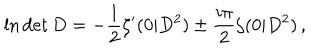
\ln \det D = - \frac { 1 } { 2 } \zeta ^ { \prime } ( 0 | D ^ { 2 } ) \pm \frac { i \pi } { 2 } \zeta ( 0 | D ^ { 2 } ) \, ,